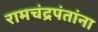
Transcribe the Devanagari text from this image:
रामचंद्रपंतांना